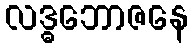
လဒ္ဓဘောဇနေ